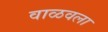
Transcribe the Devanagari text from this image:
वाळवला